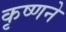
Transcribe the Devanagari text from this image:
कृष्‍णने